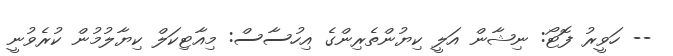
-- ހަވީރު ފޮޓޯ: ނިޝާން އަލީ ކިޔުންތެރިންގެ އިހުސާސް: މިއާޓިކަލް ކިޔާލުމުން ކުރެވުނީ